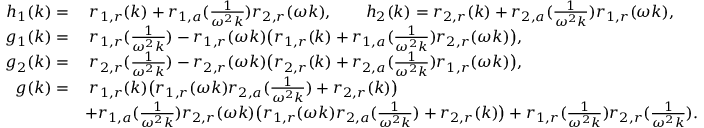
\begin{array} { r l } { h _ { 1 } ( k ) = } & { \; r _ { 1 , r } ( k ) + r _ { 1 , a } ( \frac { 1 } { \omega ^ { 2 } k } ) r _ { 2 , r } ( \omega k ) , \qquad h _ { 2 } ( k ) = r _ { 2 , r } ( k ) + r _ { 2 , a } ( \frac { 1 } { \omega ^ { 2 } k } ) r _ { 1 , r } ( \omega k ) , } \\ { g _ { 1 } ( k ) = } & { \; r _ { 1 , r } ( \frac { 1 } { \omega ^ { 2 } k } ) - r _ { 1 , r } ( \omega k ) \big ( r _ { 1 , r } ( k ) + r _ { 1 , a } ( \frac { 1 } { \omega ^ { 2 } k } ) r _ { 2 , r } ( \omega k ) \big ) , } \\ { g _ { 2 } ( k ) = } & { \; r _ { 2 , r } ( \frac { 1 } { \omega ^ { 2 } k } ) - r _ { 2 , r } ( \omega k ) \big ( r _ { 2 , r } ( k ) + r _ { 2 , a } ( \frac { 1 } { \omega ^ { 2 } k } ) r _ { 1 , r } ( \omega k ) \big ) , } \\ { g ( k ) = } & { \; r _ { 1 , r } ( k ) \big ( r _ { 1 , r } ( \omega k ) r _ { 2 , a } ( \frac { 1 } { \omega ^ { 2 } k } ) + r _ { 2 , r } ( k ) \big ) } \\ & { + r _ { 1 , a } ( \frac { 1 } { \omega ^ { 2 } k } ) r _ { 2 , r } ( \omega k ) \big ( r _ { 1 , r } ( \omega k ) r _ { 2 , a } ( \frac { 1 } { \omega ^ { 2 } k } ) + r _ { 2 , r } ( k ) \big ) + r _ { 1 , r } ( \frac { 1 } { \omega ^ { 2 } k } ) r _ { 2 , r } ( \frac { 1 } { \omega ^ { 2 } k } ) . } \end{array}